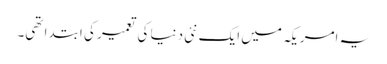
یہ امریکہ میں ایک نئی دنیا کی تعمیر کی ابتدا تھی۔